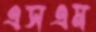
এসএম